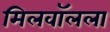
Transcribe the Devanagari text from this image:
मिलवॉलला